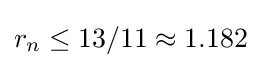
r_{n}\leq 13/11\approx 1.182